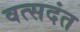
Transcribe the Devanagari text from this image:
वत्सदंत